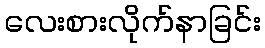
လေးစားလိုက်နာခြင်း